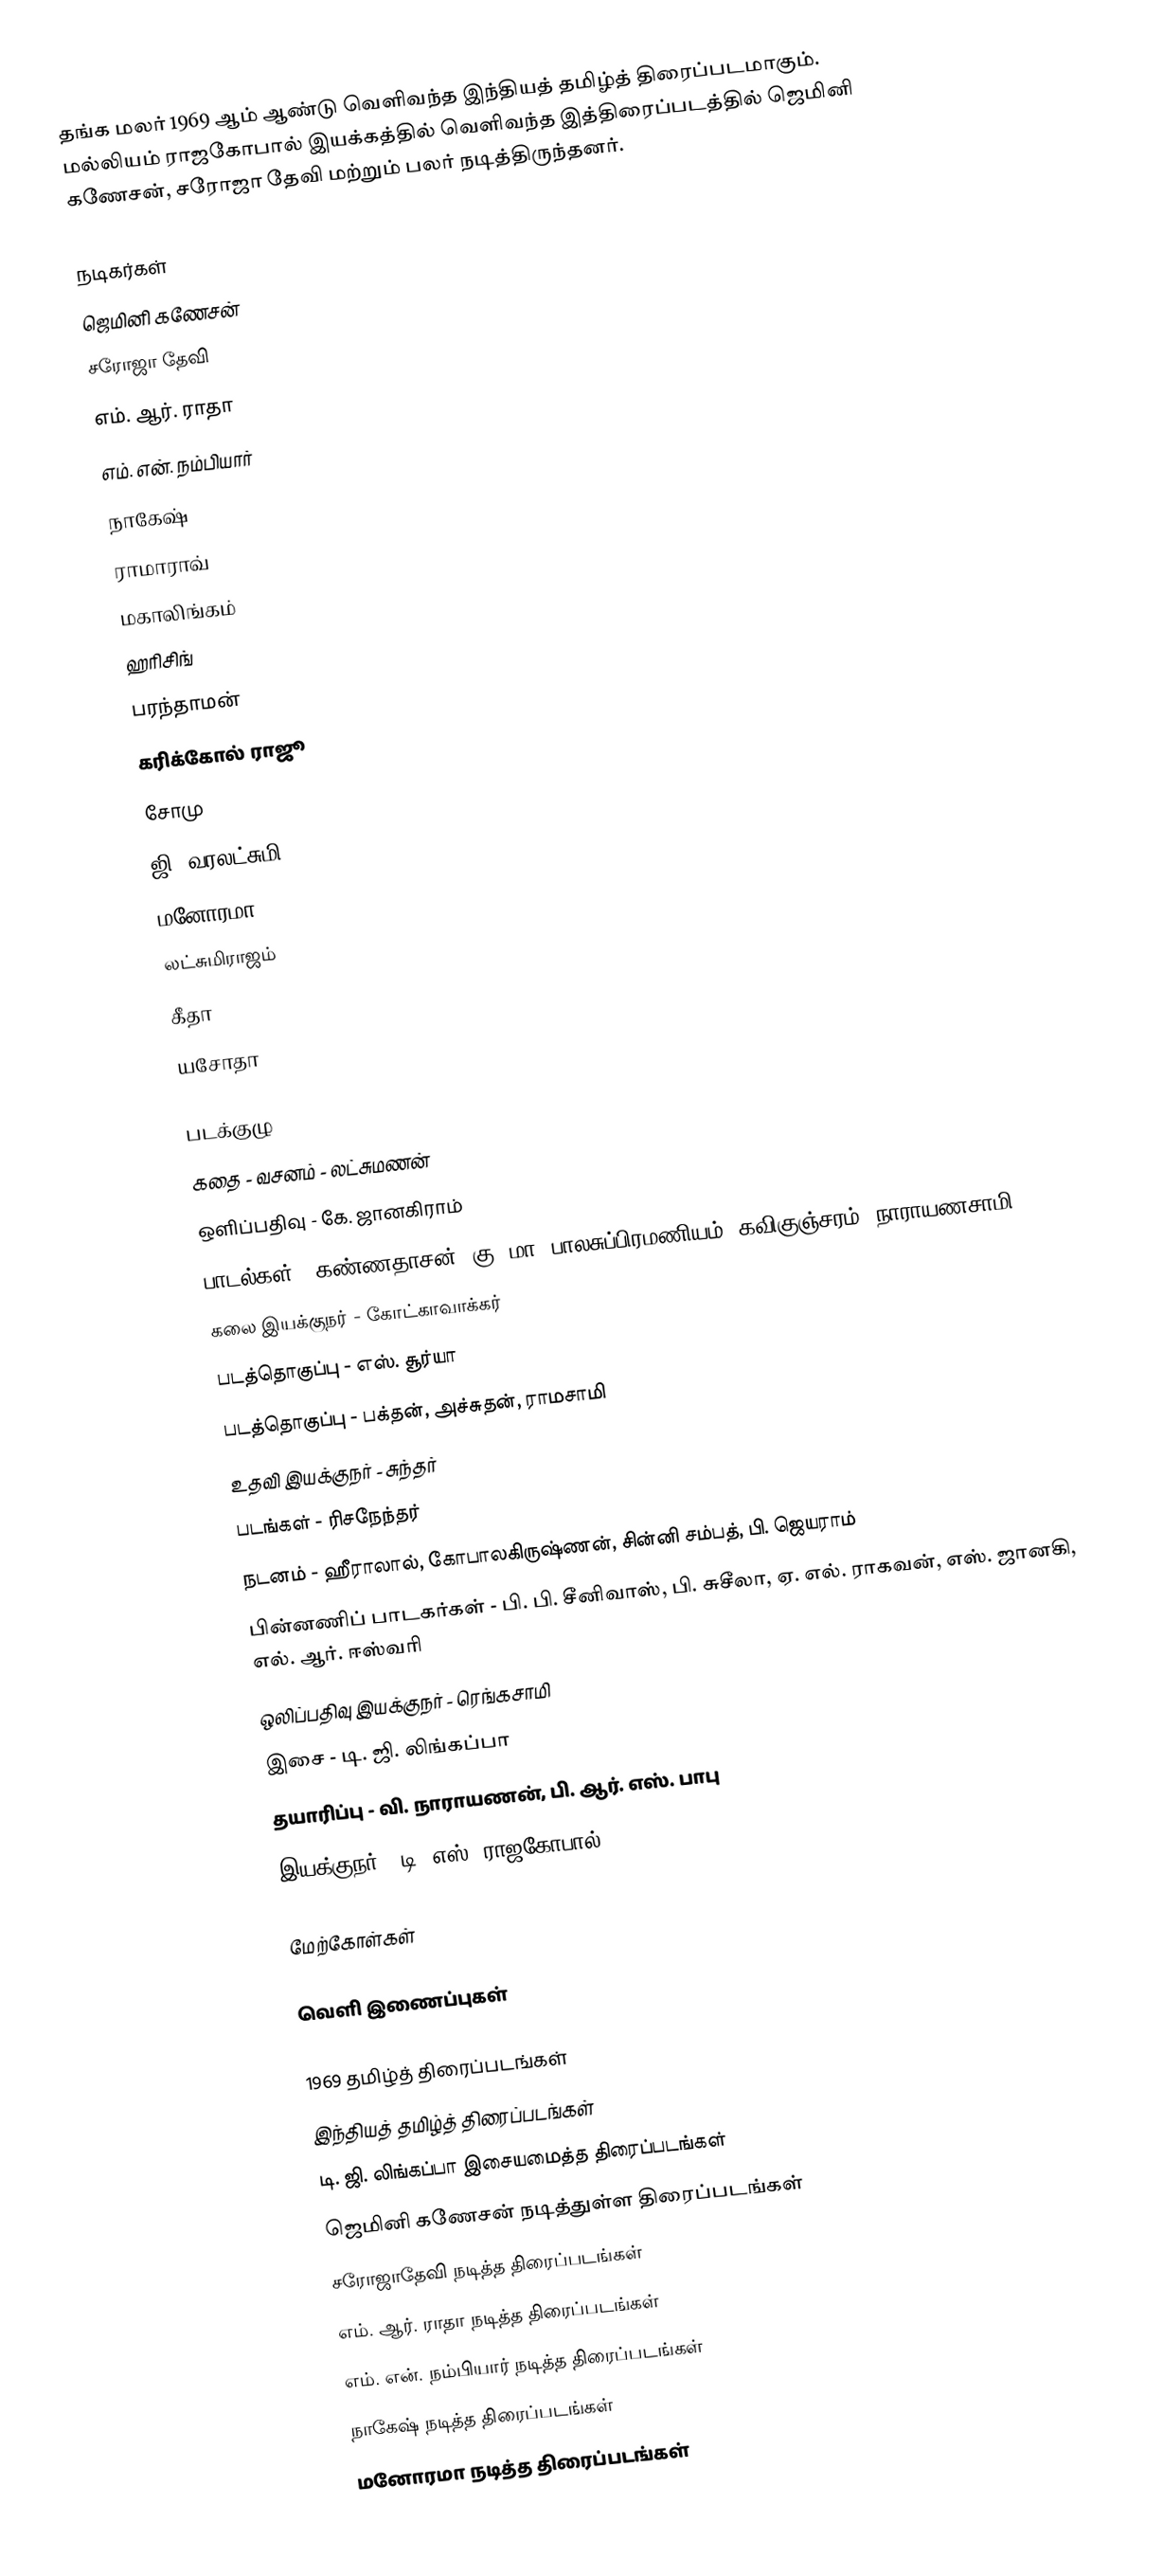
தங்க மலர் 1969 ஆம் ஆண்டு வெளிவந்த இந்தியத் தமிழ்த் திரைப்படமாகும். மல்லியம் ராஜகோபால் இயக்கத்தில் வெளிவந்த இத்திரைப்படத்தில் ஜெமினி கணேசன், சரோஜா தேவி மற்றும் பலர் நடித்திருந்தனர்.

நடிகர்கள்
 ஜெமினி கணேசன்
 சரோஜா தேவி
 எம். ஆர். ராதா
 எம். என். நம்பியார்
 நாகேஷ்
 ராமாராவ்
 மகாலிங்கம்
 ஹரிசிங்
 பரந்தாமன்
 கரிக்கோல் ராஜூ
 சோமு
 ஜி. வரலட்சுமி
 மனோரமா
 லட்சுமிராஜம்
 கீதா
 யசோதா

படக்குழு
 கதை - வசனம் - லட்சுமணன்
 ஒளிப்பதிவு - கே. ஜானகிராம்
 பாடல்கள் - கண்ணதாசன், கு. மா. பாலசுப்பிரமணியம், கவிகுஞ்சரம், நாராயணசாமி
 கலை இயக்குநர் - கோட்காவாக்கர்
 படத்தொகுப்பு - எஸ். சூர்யா
 படத்தொகுப்பு - பக்தன், அச்சுதன், ராமசாமி
 உதவி இயக்குநர் - சுந்தர்
 படங்கள் - ரிசநேந்தர்
 நடனம் - ஹீராலால், கோபாலகிருஷ்ணன், சின்னி சம்பத், பி. ஜெயராம்
 பின்னணிப் பாடகர்கள் - பி. பி. சீனிவாஸ், பி. சுசீலா, ஏ. எல். ராகவன், எஸ். ஜானகி, எல். ஆர். ஈஸ்வரி
 ஒலிப்பதிவு இயக்குநர் - ரெங்கசாமி
 இசை - டி. ஜி. லிங்கப்பா
 தயாரிப்பு - வி. நாராயணன், பி. ஆர். எஸ். பாபு
 இயக்குநர் - டி. எஸ். ராஜகோபால்

மேற்கோள்கள்

வெளி இணைப்புகள்

1969 தமிழ்த் திரைப்படங்கள்
இந்தியத் தமிழ்த் திரைப்படங்கள்
டி. ஜி. லிங்கப்பா இசையமைத்த திரைப்படங்கள்
ஜெமினி கணேசன் நடித்துள்ள திரைப்படங்கள்
சரோஜாதேவி நடித்த திரைப்படங்கள்
எம். ஆர். ராதா நடித்த திரைப்படங்கள்
எம். என். நம்பியார் நடித்த திரைப்படங்கள்
நாகேஷ் நடித்த திரைப்படங்கள்
மனோரமா நடித்த திரைப்படங்கள்